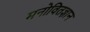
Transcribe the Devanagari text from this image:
मनोवितज्ञान